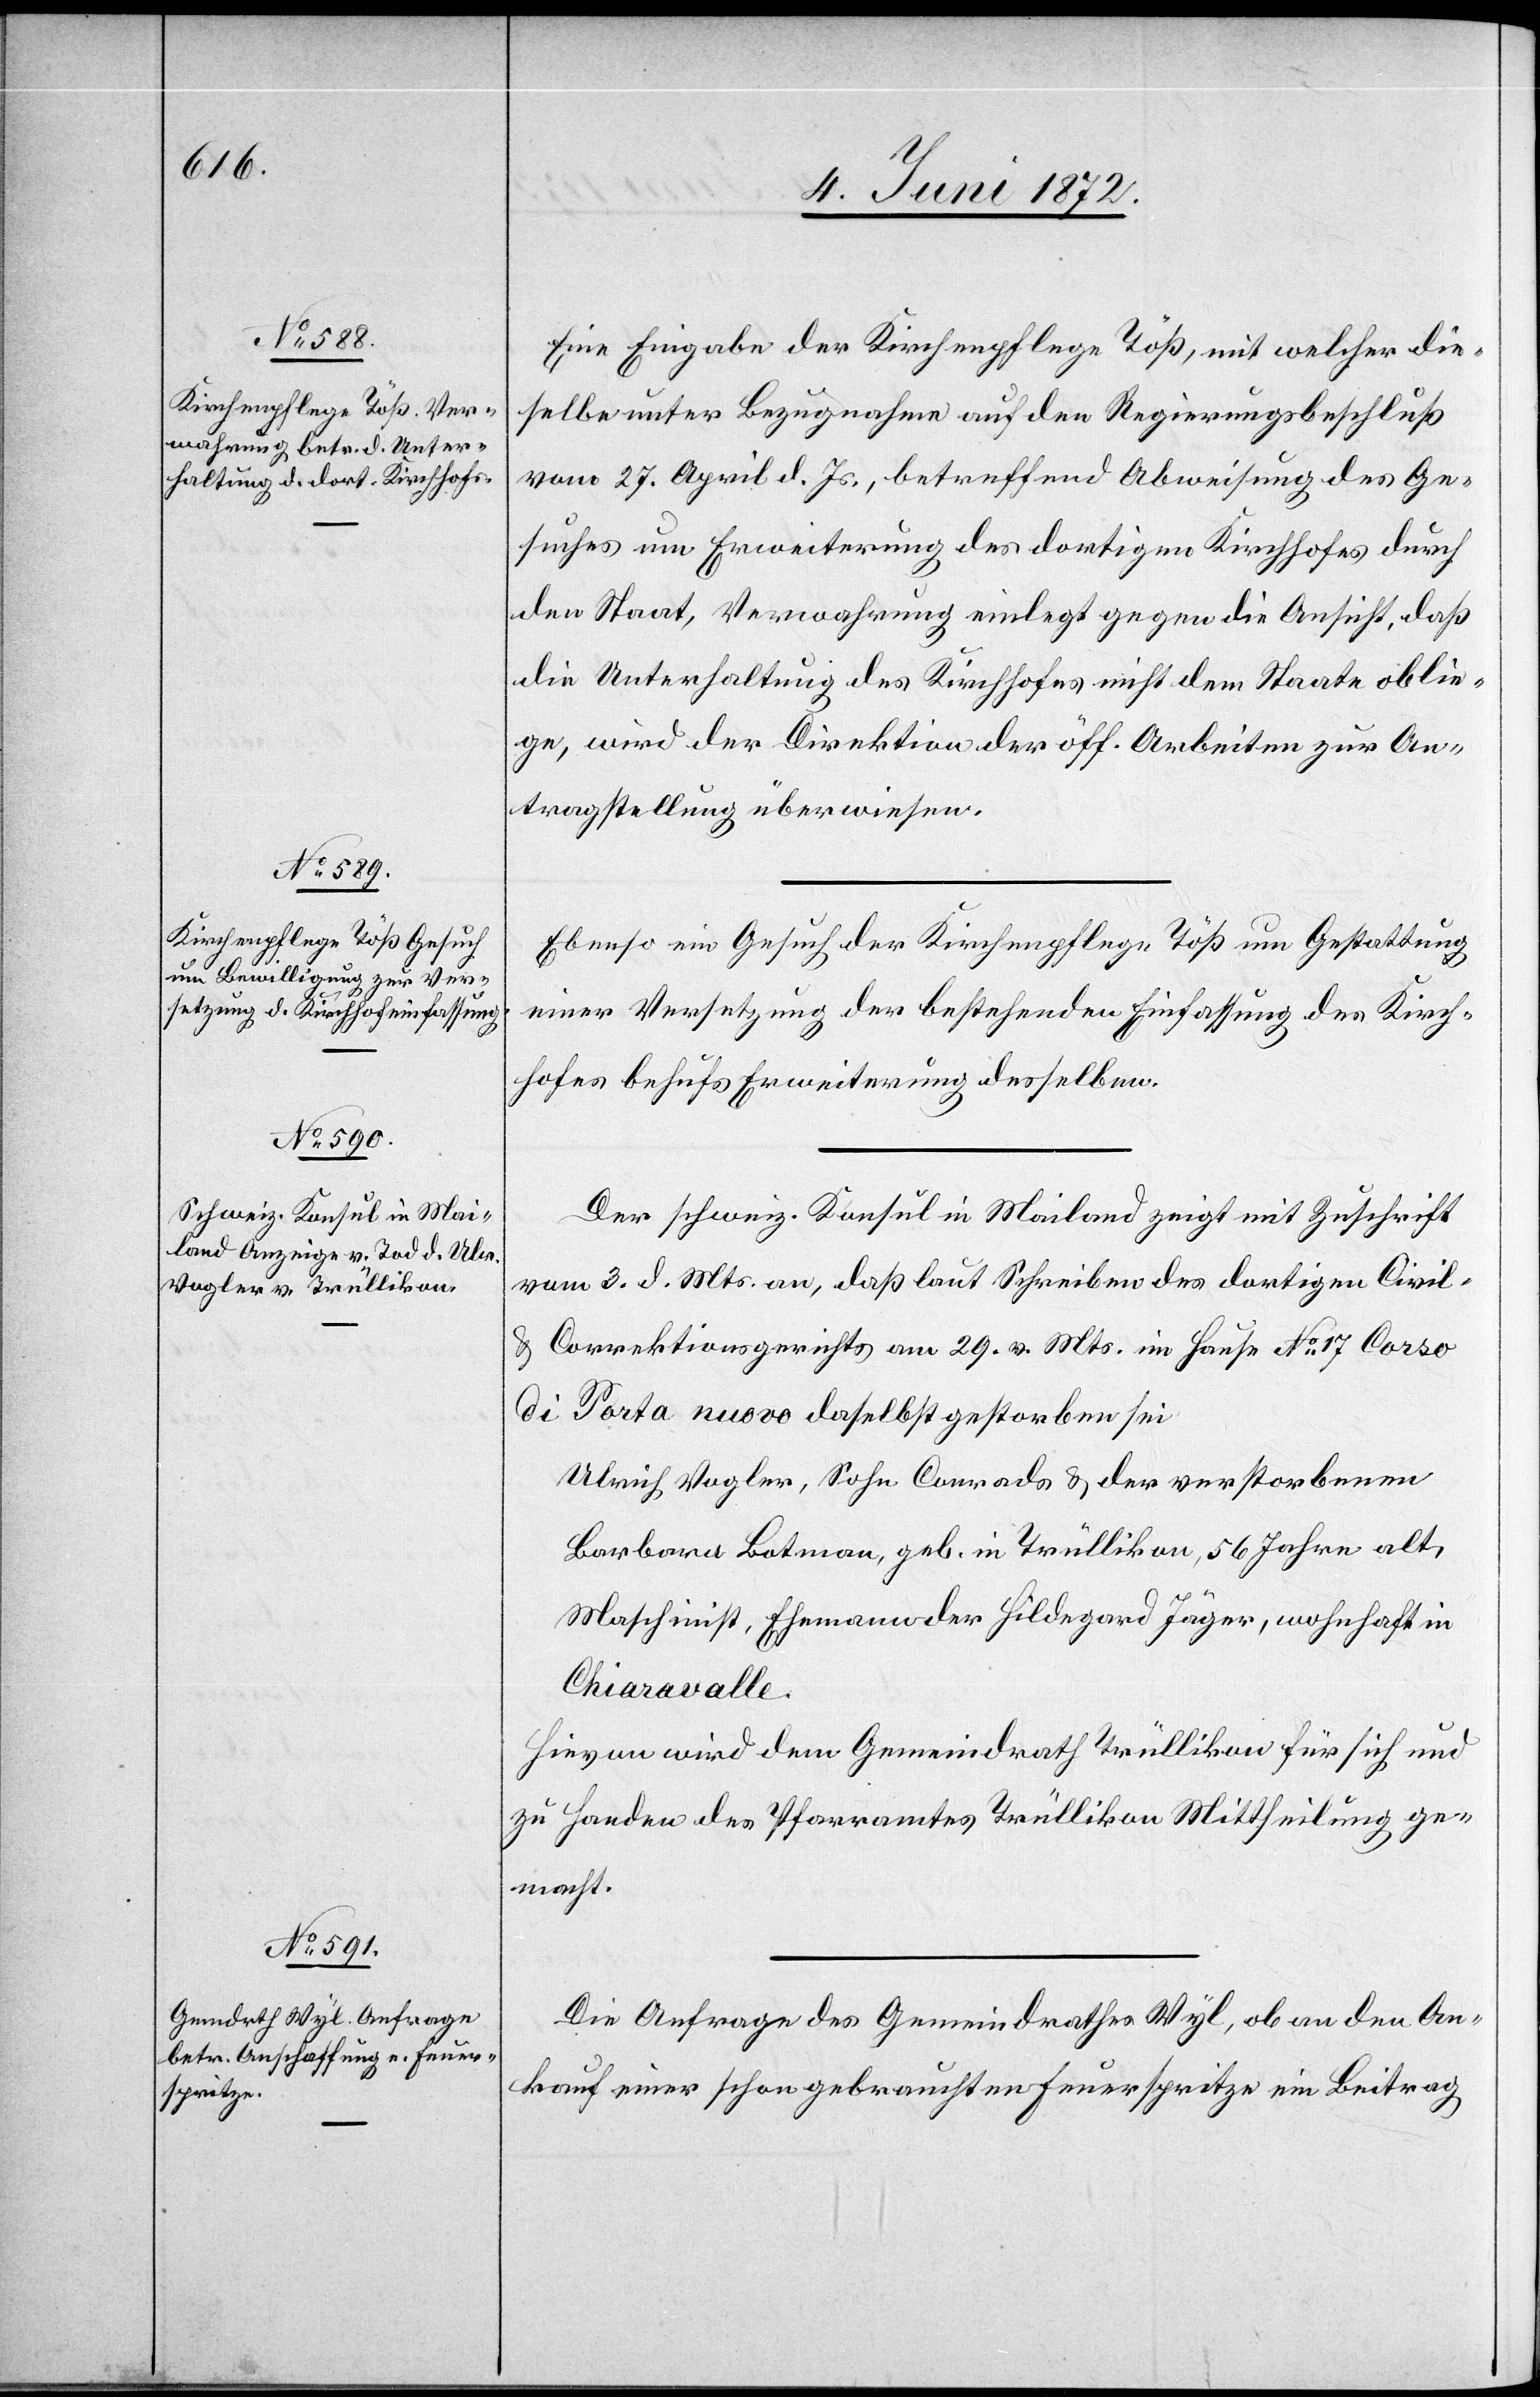
7. Juni 1872.]
Eine Eingabe der Kirchenpflege Töß, mit welcher die¬
selbe unter Bezugnahme auf den Regierungsbeschluß
vom 27. April d. Js., betreffend Abweisung des Ge¬
suches um Erweiterung des dortigen Kirchhofes durch
den Staat, Verwahrung einlegt gegen die Ansicht, daß
die Unterhaltung des Kirchhofes nicht dem Staate oblie¬
ge, wird der Direktion der öff. Arbeiten zur An¬
tragstellung überwiesen.
Ebenso ein Gesuch der Kirchenpflege Töß um Gestattung
einer Versetzung der bestehenden Einfassung des Kirch¬
hofes behufs Erweiterung desselben.
Der schweiz. Konsul in Mailand zeigt mit Zuschrift
vom 3. d. Mts. an, daß laut Schreiben des dortigen Civil-
u. Correktionsgerichts am 29. v. Mts. im Hause No 17 Corso
di Porta nuovo daselbst gestorben sei.
Ulrich Vogler, Sohn Conrads u. der verstorbenen
Barbara Botman, geb. in Trüllikon, 56 Jahre alt,
Maschinist, Ehemann der Hildegard Jäger, wohnhaft in
Chiaravalle.
Hievon wird dem Gemeindrath Trüllikon für sich und
zu Handen des Pfarramtes Trüllikon Mittheilung ge¬
macht.
Die Anfrage des Gemeindrathes Wyl, ob an den An¬
kauf einer schon gebrauchten Feuerspritze ein Beitrag